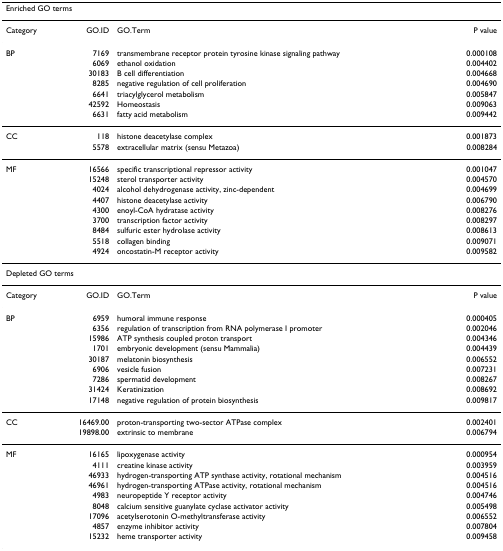
<table><thead><tr><td colspan="4"><b>Enriched GO terms</b></td></tr></thead><tbody><tr><td>Category</td><td>GO.ID</td><td>GO.Term</td><td>P value</td></tr><tr><td>BP</td><td>7169</td><td>transmembrane receptor protein tyrosine kinase signaling pathway</td><td>0.000108</td></tr><tr><td></td><td>6069</td><td>ethanol oxidation</td><td>0.004402</td></tr><tr><td></td><td>30183</td><td>B cell differentiation</td><td>0.004668</td></tr><tr><td></td><td>8285</td><td>negative regulation of cell proliferation</td><td>0.004690</td></tr><tr><td></td><td>6641</td><td>triacylglycerol metabolism</td><td>0.005847</td></tr><tr><td></td><td>42592</td><td>Homeostasis</td><td>0.009063</td></tr><tr><td></td><td>6631</td><td>fatty acid metabolism</td><td>0.009442</td></tr><tr><td>CC</td><td>118</td><td>histone deacetylase complex</td><td>0.001873</td></tr><tr><td></td><td>5578</td><td>extracellular matrix (sensu Metazoa)</td><td>0.008284</td></tr><tr><td>MF</td><td>16566</td><td>specific transcriptional repressor activity</td><td>0.001047</td></tr><tr><td></td><td>15248</td><td>sterol transporter activity</td><td>0.004570</td></tr><tr><td></td><td>4024</td><td>alcohol dehydrogenase activity, zinc-dependent</td><td>0.004699</td></tr><tr><td></td><td>4407</td><td>histone deacetylase activity</td><td>0.006790</td></tr><tr><td></td><td>4300</td><td>enoyl-CoA hydratase activity</td><td>0.008276</td></tr><tr><td></td><td>3700</td><td>transcription factor activity</td><td>0.008297</td></tr><tr><td></td><td>8484</td><td>sulfuric ester hydrolase activity</td><td>0.008613</td></tr><tr><td></td><td>5518</td><td>collagen binding</td><td>0.009071</td></tr><tr><td></td><td>4924</td><td>oncostatin-M receptor activity</td><td>0.009582</td></tr><tr><td colspan="4">Depleted GO terms</td></tr><tr><td>Category</td><td>GO.ID</td><td>GO.Term</td><td>P value</td></tr><tr><td>BP</td><td>6959</td><td>humoral immune response</td><td>0.000405</td></tr><tr><td></td><td>6356</td><td>regulation of transcription from RNA polymerase I promoter</td><td>0.002046</td></tr><tr><td></td><td>15986</td><td>ATP synthesis coupled proton transport</td><td>0.004346</td></tr><tr><td></td><td>1701</td><td>embryonic development (sensu Mammalia)</td><td>0.004439</td></tr><tr><td></td><td>30187</td><td>melatonin biosynthesis</td><td>0.006552</td></tr><tr><td></td><td>6906</td><td>vesicle fusion</td><td>0.007231</td></tr><tr><td></td><td>7286</td><td>spermatid development</td><td>0.008267</td></tr><tr><td></td><td>31424</td><td>Keratinization</td><td>0.008692</td></tr><tr><td></td><td>17148</td><td>negative regulation of protein biosynthesis</td><td>0.009817</td></tr><tr><td>CC</td><td>16469.00</td><td>proton-transporting two-sector ATPase complex</td><td>0.002401</td></tr><tr><td></td><td>19898.00</td><td>extrinsic to membrane</td><td>0.006794</td></tr><tr><td>MF</td><td>16165</td><td>lipoxygenase activity</td><td>0.000954</td></tr><tr><td></td><td>4111</td><td>creatine kinase activity</td><td>0.003959</td></tr><tr><td></td><td>46933</td><td>hydrogen-transporting ATP synthase activity, rotational mechanism</td><td>0.004516</td></tr><tr><td></td><td>46961</td><td>hydrogen-transporting ATPase activity, rotational mechanism</td><td>0.004516</td></tr><tr><td></td><td>4983</td><td>neuropeptide Y receptor activity</td><td>0.004746</td></tr><tr><td></td><td>8048</td><td>calcium sensitive guanylate cyclase activator activity</td><td>0.005498</td></tr><tr><td></td><td>17096</td><td>acetylserotonin O-methyltransferase activity</td><td>0.006552</td></tr><tr><td></td><td>4857</td><td>enzyme inhibitor activity</td><td>0.007804</td></tr><tr><td></td><td>15232</td><td>heme transporter activity</td><td>0.009458</td></tr></tbody></table>